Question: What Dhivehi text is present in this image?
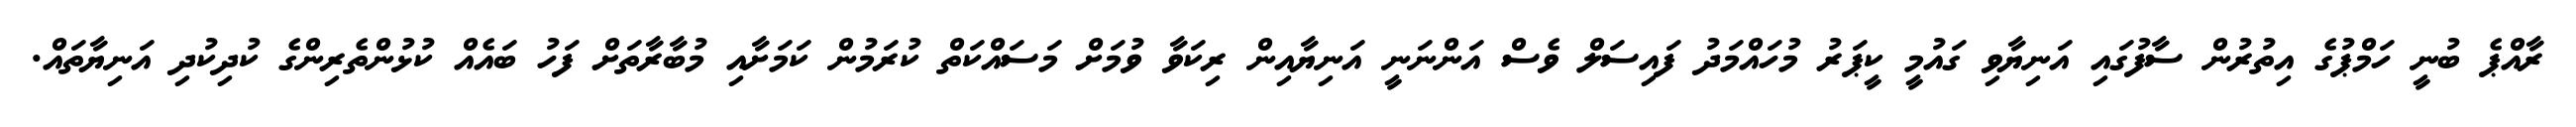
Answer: ރާއްޕެ ބުނީ ހަމްޕުގެ އިތުރުން ސާފުގައި އަނިޔާވި ގައުމީ ކީޕަރު މުހައްމަދު ފައިސަލް ވެސް އަންނަނީ އަނިޔާއިން ރިކަވާ ވުމަށް މަސައްކަތް ކުރަމުން ކަމަށާއި މުބާރާތަށް ފަހު ބައެއް ކުޅުންތެރިންގެ ކުދިކުދި އަނިޔާތައް.